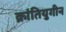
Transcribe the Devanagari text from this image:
क्रांतियुगीन